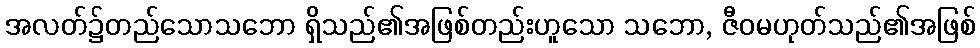
အလတ်၌တည်သောသဘော ရှိသည်၏အဖြစ်တည်းဟူသော သဘော, ဇီဝမဟုတ်သည်၏အဖြစ်